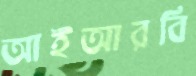
আইআরবি